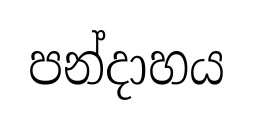
පන්දාහය